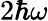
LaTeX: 2\hbar\omega